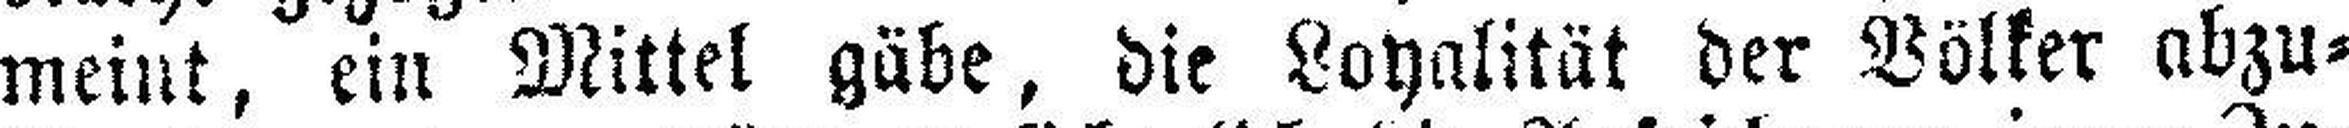
meint, ein Mittel gäbe, die Loyalität der Völker abzu¬